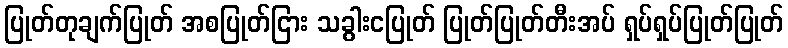
ပြုတ်တုချက်ပြုတ် အစပြုတ်ငြား သခွါးငပြုတ် ပြုတ်ပြုတ်တီးအပ် ရှပ်ရှပ်ပြုတ်ပြုတ်